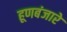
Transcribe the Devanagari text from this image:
हूणबंजारे